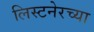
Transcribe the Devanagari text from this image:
लिस्टनेरच्या